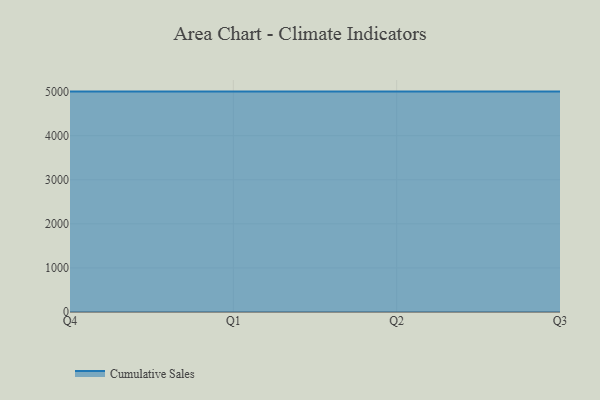
{"axis": {"x": "Quarter", "y": "Satisfaction Score"}, "legend": ["Cumulative Sales"], "data": [{"x": "Q4", "y": 5000, "type": "Cumulative Sales"}, {"x": "Q1", "y": 5000, "type": "Cumulative Sales"}, {"x": "Q2", "y": 5000, "type": "Cumulative Sales"}, {"x": "Q3", "y": 5000, "type": "Cumulative Sales"}]}